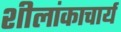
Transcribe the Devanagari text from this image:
शीलांकाचार्य